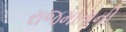
રાજમાતાની